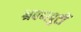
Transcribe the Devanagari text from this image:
श्रवणपुटीं